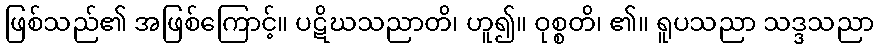
ဖြစ်သည်၏ အဖြစ်ကြောင့်။ ပဋိဃသညာတိ၊ ဟူ၍။ ဝုစ္စတိ၊ ၏။ ရူပသညာ သဒ္ဒသညာ